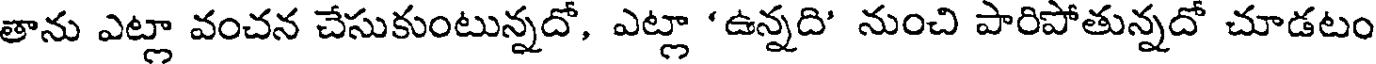
తాను ఎట్లా వంచన చేసుకుంటున్నదో, ఎట్లా 'ఉన్నది' నుంచి పారిపోతున్నదో చూడటం